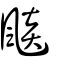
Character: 颷